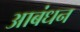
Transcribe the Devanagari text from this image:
आबंधन